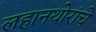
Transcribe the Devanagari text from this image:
लहानथोरांचे